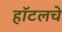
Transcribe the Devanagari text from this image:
हॉटलचे